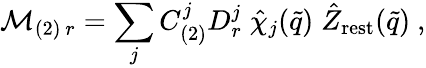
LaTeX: {\cal M}_{(2)\ r}=\sum_{j}C_{(2)}^{j}D_{r}^{j}\; \hat{\chi}_{j}(\tilde{q})\; \hat{Z}_{\mathrm{rest}}(\tilde{q})\ ,